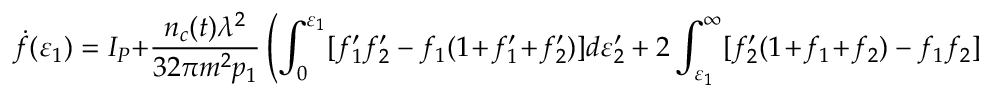
\dot { f } ( \varepsilon _ { 1 } ) = I _ { P } + \frac { n _ { c } ( t ) \lambda ^ { 2 } } { 3 2 \pi m ^ { 2 } p _ { 1 } } \left( \int _ { 0 } ^ { \varepsilon _ { 1 } } [ f _ { 1 } ^ { \prime } f _ { 2 } ^ { \prime } - f _ { 1 } ( 1 \! + \! f _ { 1 } ^ { \prime } \! + \! f _ { 2 } ^ { \prime } ) ] d \varepsilon _ { 2 } ^ { \prime } + 2 \int _ { \varepsilon _ { 1 } } ^ { \infty } [ f _ { 2 } ^ { \prime } ( 1 \! + \! f _ { 1 } \! + \! f _ { 2 } ) - f _ { 1 } f _ { 2 } ] d \varepsilon _ { 2 } ^ { \prime } \right) ~ .